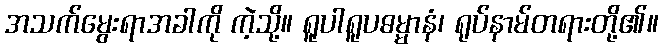
အသက်မွေးရာအခါကို ကဲ့သို့။ ရူပါရူပဓမ္မာနံ၊ ရုပ်နာမ်တရားတို့၏။